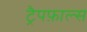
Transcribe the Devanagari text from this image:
ट्रैपफ़ाल्स